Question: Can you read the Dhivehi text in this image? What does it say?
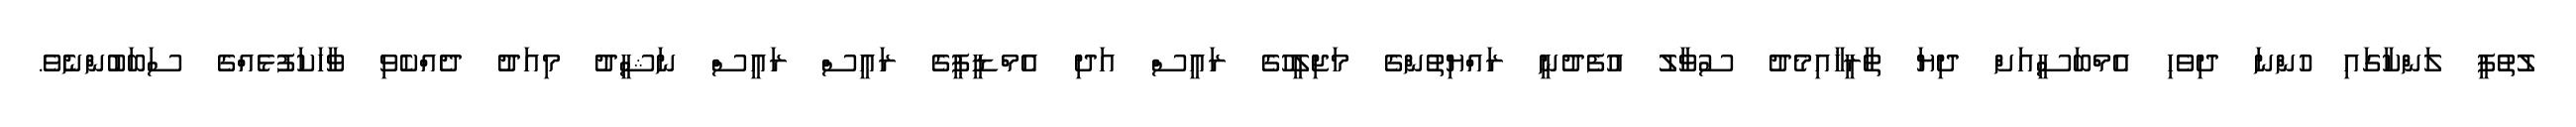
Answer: ލުތުފީ ލަންކާގައި ހުންނަ ދިވެހި އެމްބަސީއަށް ދިޔަ ތާރީޚާއިމެދު ސުވާލު އުފެދުނީ ރައްޔިތުންގެ މަޖިލީހުގެ ރައީސް އަދި އެމްޑީޕީގެ ރައީސް ރައީސް ނަޝީދު މިއަދު ދެއްކެވި ވާހަކަފުޅެއްގެ ސަބަބުންނެވެ.